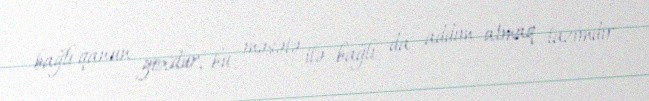
bağlı qanun yoxdur, bu məsələ ilə bağlı da addım atmaq lazımdır.